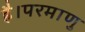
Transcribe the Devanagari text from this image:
है।परमाणु